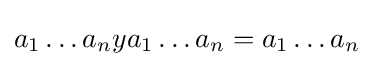
a_{1}\dots a_{n}ya_{1}\dots a_{n}=a_{1}\dots a_{n}